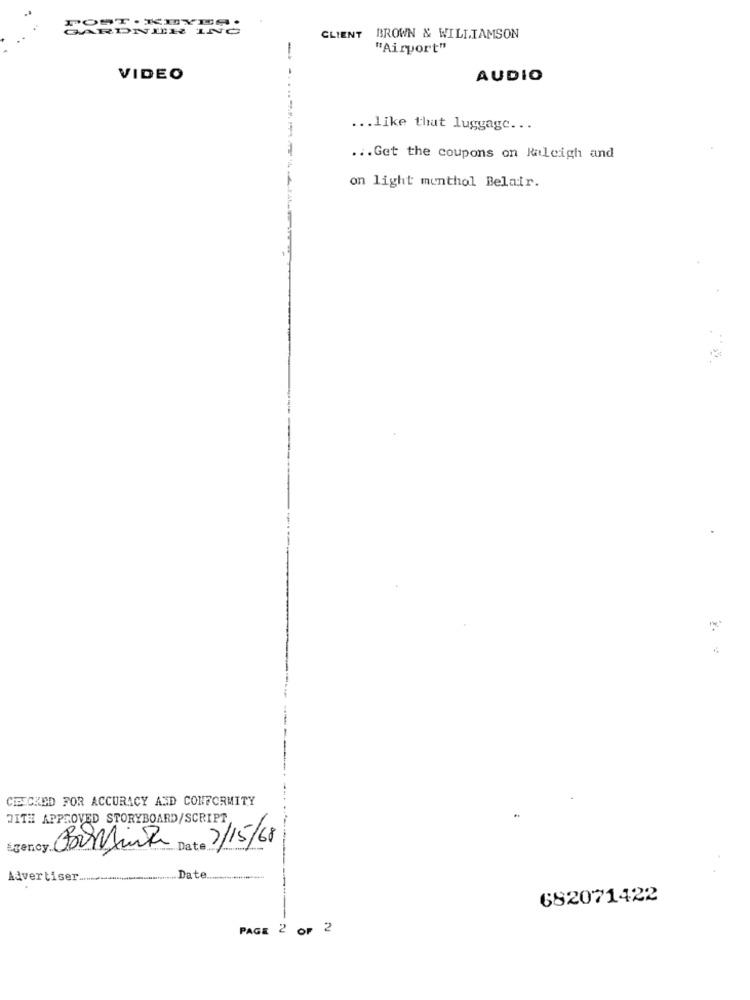
ARDNECH IN
CLIENT
BROWN & WILLIAMSON
"Airport"
VIDEO
AUDIO
... like that luggage ...
-------
... Get the coupons on Raleigh and
on light menthol Belair.
4
CHECKED FOR ACCURACY AND CONFORMITY
JITH APPROVED STORYBOARD/SCRIPT
Date 7/15/68
Advertiser ...
Date
682071422
PAGE 2 OF
2